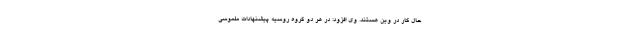
حال کار در وین هستند. وی افزود: در هر دو گروه روسیه پیشنهادات ملموسی